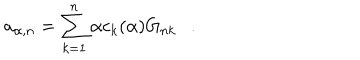
a _ { \alpha , n } = \sum _ { k = 1 } ^ { n } \alpha c _ { k } ( { \alpha } ) G _ { n k } .